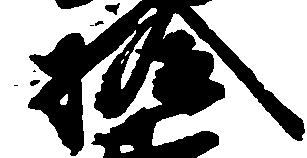
拾